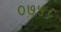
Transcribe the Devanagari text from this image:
०७५८